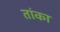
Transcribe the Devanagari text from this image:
तांका